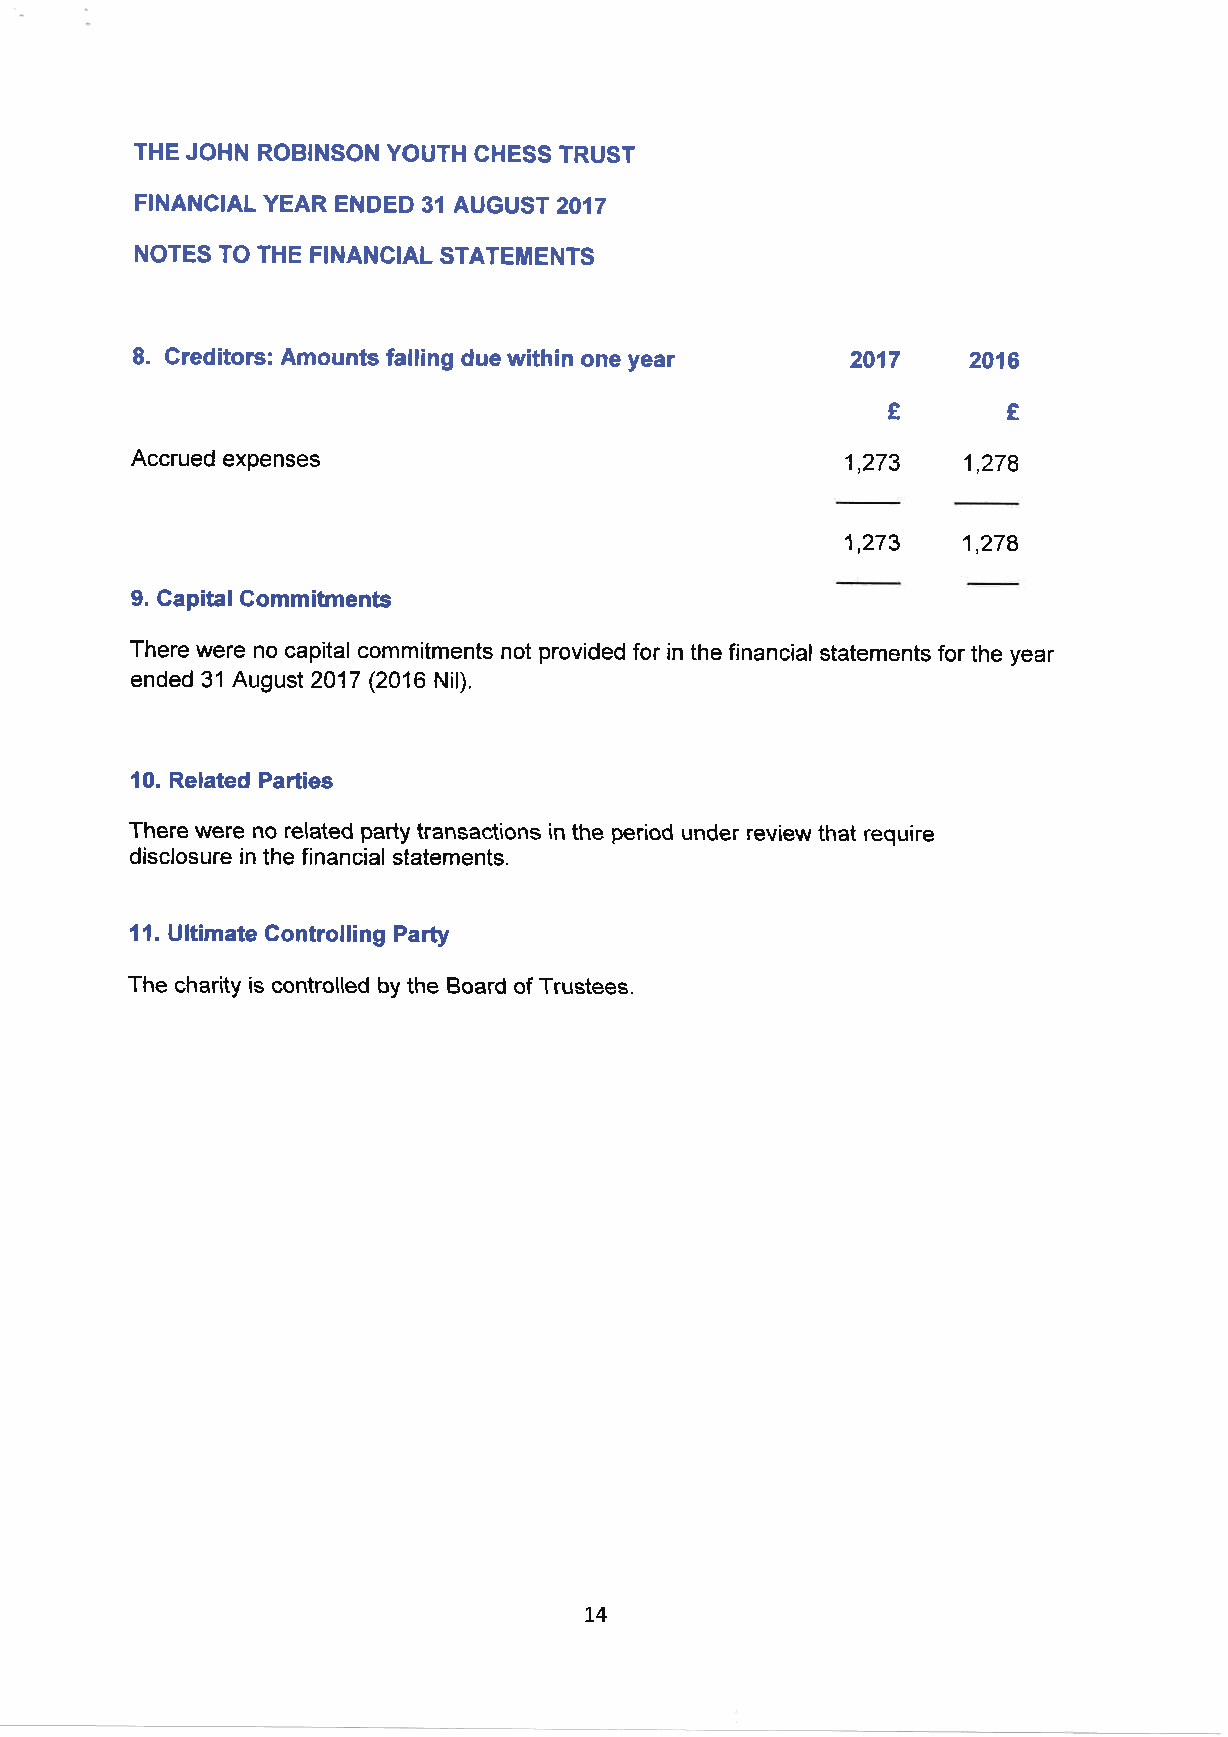
THE JOHN ROBINSON YOUTH CHESS TRUST
 FINANCIAL YEAR ENDED 31 AUGUST 2017
 NOTES TO THE FINANCIAL STATEMENTS
 8. Creditors: Amounts falling due within one year 2017 2016
 €€
 1,273
 Accrued expenses                                       1,279
 1,273
 1,279
 9. CapitalCommitments
 There were no capital commitments not provided for in the financial statements for the year
 ended 31 August 2017 (2016 Nil).
 10. Related Parties
 There were no related party transactions in the period under review that require
 disclosure in the financial statements.
 11. Ultimate Controlling Pafi
 The charity is controlled by the Board of Trustees.
 1,4